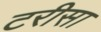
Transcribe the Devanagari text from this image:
टरीसा